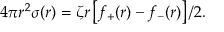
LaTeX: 4 \pi r ^ { 2 } \sigma ( r ) = \zeta r \left[ f _ { + } ( r ) - f _ { - } ( r ) \right] / 2 .